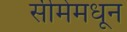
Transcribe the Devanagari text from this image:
सीमेमधून